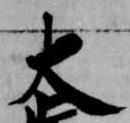
大